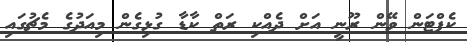
ކެޕްޓަން ވޭން ރޫނީ އަށް ދެއްކި ރަތް ކާޑާ ގުޅިގެން މިއަދުގެ މެޗުގައި